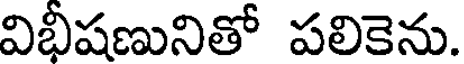
విభీషణునితో పలికెను.